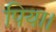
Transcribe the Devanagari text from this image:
पिया।